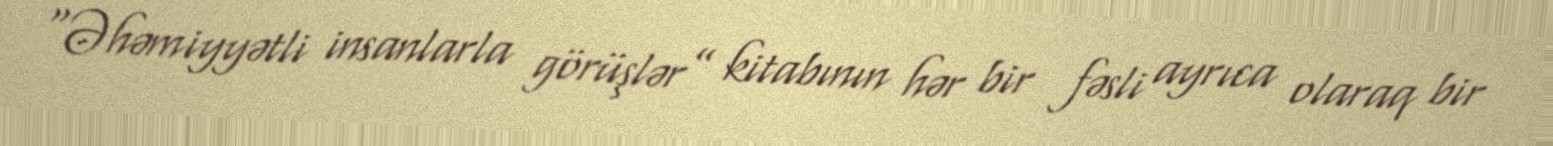
“Əhəmiyyətli insanlarla görüşlər” kitabının hər bir fəsli ayrıca olaraq bir